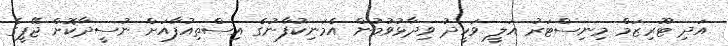
އަދި ޓޫރިޒަމް މިނިސްޓަރު އަލީ ވަހީދު ވިދާޅުވުމުން އެމަނިކުފާނުގެ އިސްތިއުފާއަށް ނުސީދާކޮށް ޖޭޕީގެ